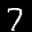
Label: 7